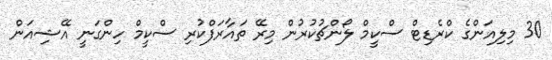
30 މިލިއަންގެ ކްރެޑިޓް ސްކީމް ލޯންޗުކުރުން މިރޭ ތައާރަފްކުރި ސްކީމް ހިންގަނީ އޭޝިއަން